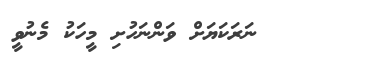
١٦٣      ނަރަކަޔަށް ވަންނަހުށި މީހަކު މެނުވީ